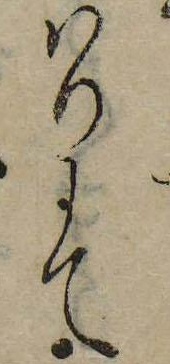
はりにて